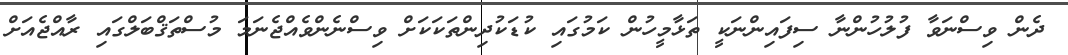
ދެން ވިސްނަވާ ފުލުހުންނާ ސިފައިންނަކީ ތަޅާމީހުން ކަމުގައި ކުޑަކުދިންތަކަކަށް ވިސްނެންވެއްޖެނަމަ މުސްތަޤްބަލްގައި ރާއްޖެއަށް